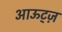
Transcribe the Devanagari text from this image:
आऊट्ज़